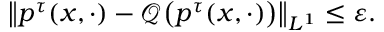
\left\| p ^ { \tau } ( x , \cdot ) - \mathcal { Q } \big ( p ^ { \tau } ( x , \cdot ) \big ) \right\| _ { L ^ { 1 } } \leq \varepsilon .